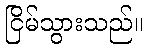
ငြိမ်သွားသည်။